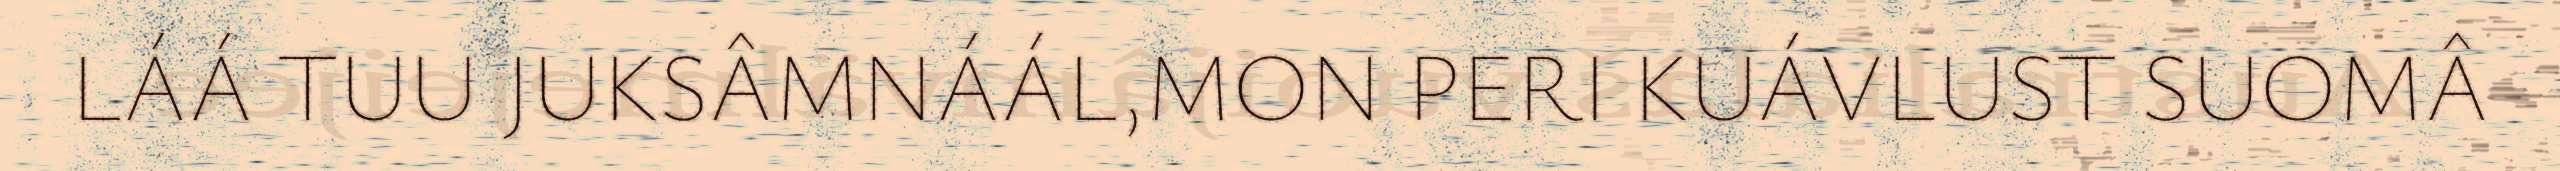
LÁÁ TUU JUKSÂMNÁÁL,MON PERI KUÁVLUST SUOMÂ